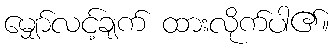
မျှော်လင့်ချက် ထားလိုက်ပါ၏။